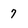
Character: 7